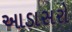
આડાસરો